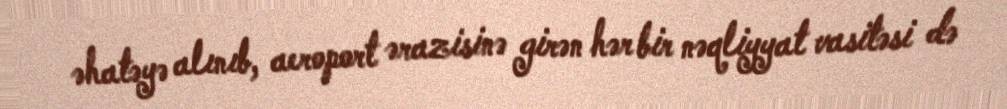
əhatəyə alınıb, aeroport ərazisinə girən hər bir nəqliyyat vasitəsi də